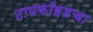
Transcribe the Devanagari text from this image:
टायफॉइडचा